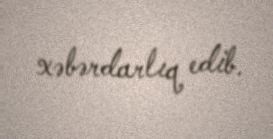
xəbərdarlıq edib.